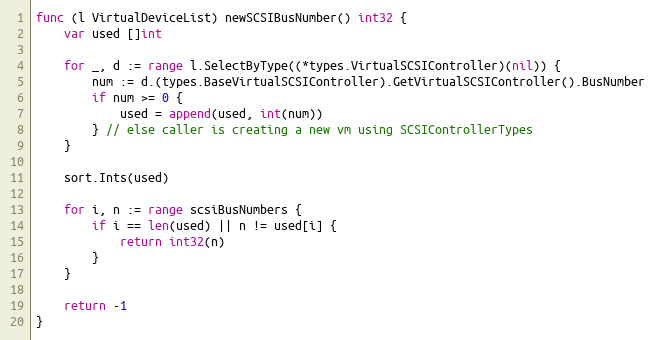
Language: Go
func (l VirtualDeviceList) newSCSIBusNumber() int32 {
	var used []int

	for _, d := range l.SelectByType((*types.VirtualSCSIController)(nil)) {
		num := d.(types.BaseVirtualSCSIController).GetVirtualSCSIController().BusNumber
		if num >= 0 {
			used = append(used, int(num))
		} // else caller is creating a new vm using SCSIControllerTypes
	}

	sort.Ints(used)

	for i, n := range scsiBusNumbers {
		if i == len(used) || n != used[i] {
			return int32(n)
		}
	}

	return -1
}